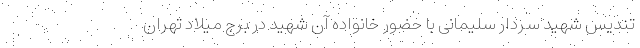
تندیس شهید سردار سلیمانی با حضور خانواده آن شهید در برج میلاد تهران